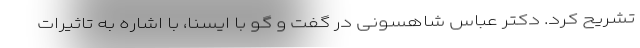
تشریح کرد. دکتر عباس شاهسونی در گفت و گو با ایسنا، با اشاره به تاثیرات